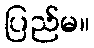
ပြည်မ။